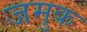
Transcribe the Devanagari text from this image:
जमुक